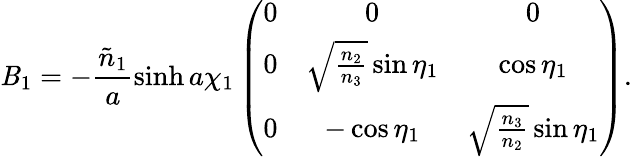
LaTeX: \mathit{B}_{1}=-\frac{{\tilde{{n}}_{1}}}{{a}}\sinh{a\chi_{1}}\left(\begin{array}{ccc}{{0}}&{{0}}&{{0}}\\ {{0}}&{{\sqrt{\frac{n_{2}}{n_{3}}}\sin{\eta_{1}}}}&{{\cos{\eta_{1}}}}\\ {{0}}&{{-\cos{\eta_{1}}}}&{{\sqrt{\frac{n_{3}}{n_{2}}}\sin{\eta_{1}}}}\end{array}\right).